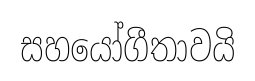
සහයෝගීතාවයි